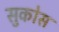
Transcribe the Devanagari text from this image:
सुकोस